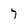
Character: 7